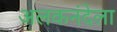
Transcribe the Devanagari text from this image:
अलकनंदेला